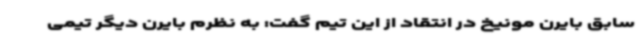
سابق بایرن مونیخ در انتقاد از این تیم گفت: به نظرم بایرن دیگر تیمی